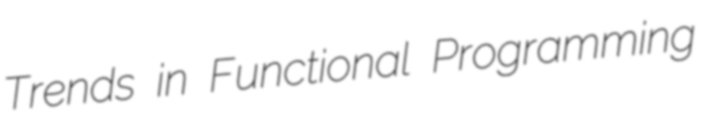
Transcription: Trends in Functional Programming